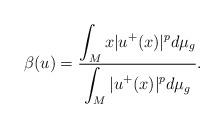
LaTeX: \begin{align*}\beta(u)=\frac{{\displaystyle \int_{M}x|u^{+}(x)|^{p}d\mu_{g}}}{{\displaystyle \int_{M}|u^{+}(x)|^{p}d\mu_{g}}}.\end{align*}